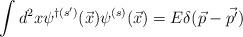
LaTeX: \begin{align*}\int d^2 x \psi^{\dagger(s')}{(\vec{x})}\psi^{(s)}{(\vec{x})}= E \delta (\vec{p} - \vec {p'})\end{align*}